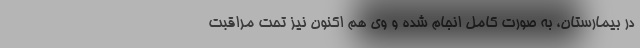
در بیمارستان، به صورت کامل انجام شده و وی هم اکنون نیز تحت مراقبت